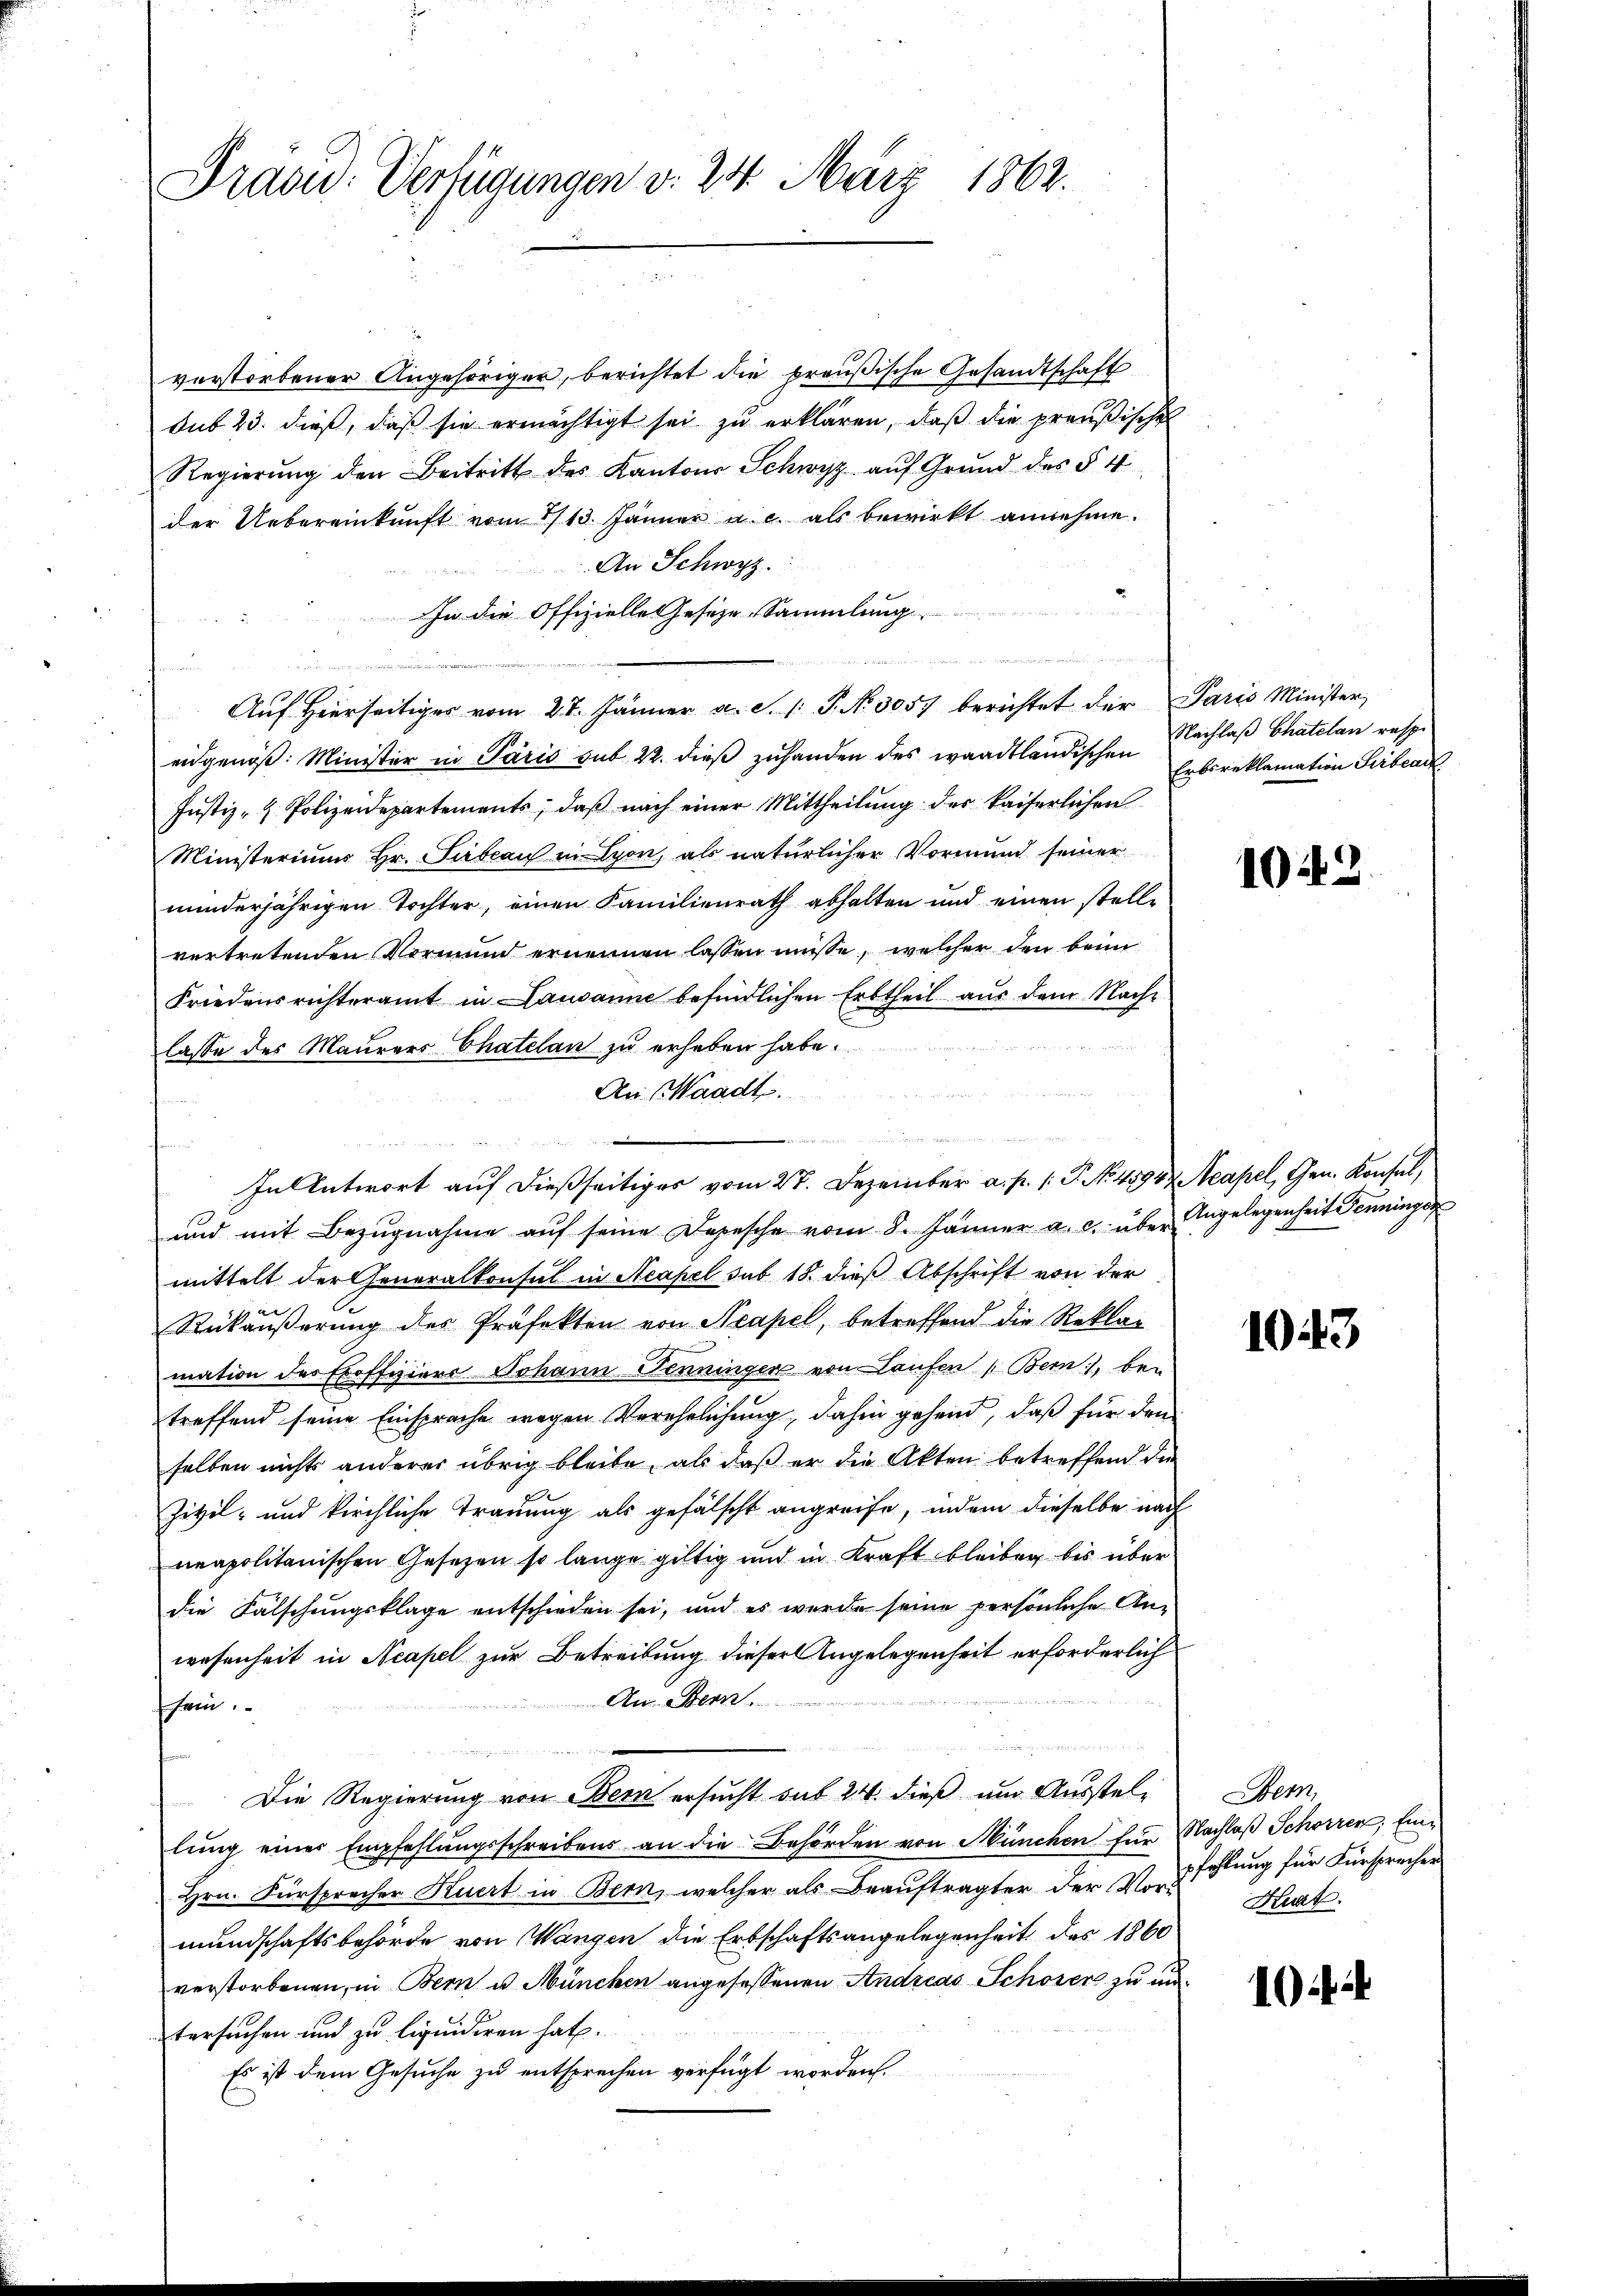
Prasid. Verfügungen v. 24. März 1862.

verstorbener Angehöriger, berichtet die preußische Gesandtschaft
sub 23. dieß, daß sie ermächtigt sei zu erklären, daß die preußische
Regierŭng den Beitritt des Kantons Schwyz auf Grund des § 4
der Uebereinkunft vom 1/13. Jänner a. c. als bewirkt annehme.
An Schwyz.
In die Offizielles Geseze Sammlung
Aŭf Hierseitiger vom 27. Jänner a. S. 1 S. N. 3057 berichtet der Paris Minister
eidgenöß: Minister in Paris sub. 22. dieß zuhanden des waadtländischen Nachlaß Chatelan resp.
Justiz- & Polizeidepartements, daß nach einer Mittheilung des kaiserlichen
Ministeriums Hr. Sibeau in Lyon, als natürlicher Vormund seiner
minderjährigen Tochter, einen Familienrath abhalten und einen stellvertretenden Vormund ernennen lassen müsse, welcher den beim
Friedensrichteramt in Lausanne befindlichen Erbtheil aus dem Nache
lasse des Maurers Chatelan zu erheben habe.
An Waadt.
t
und mit Bezugnahme aŭf seine Depesche vom 8. Jänner a. c. über Angelegenheit Penningen
mittelt der Generalkonsul in Neapel sub 18. dieß Abschrift von der
Rükäußerung des Präfekten von Neapel, betreffend die Reklar
mation des Eroffiziere Johann Denninger von Laufen (Bern, bei
treffend seine Einsprache wegen Verehrlichung, dahin gehend, daß für den
selben nichts anderer übrig bleibe, als daß er die Akten betreffend die
Zivil- und kirchliche Trauung als gefälscht angreife, indem dieselbe nach
neapolitanischen Gesetzen so lange giltig und in Kraft bleiben, bis über
die Falschungsklage entschieden sei, und es wurde seine persönliche Anwesenheit in Neapel zur Betreibung dieser Angelegenheit erforderlich
Au. Bern.
schein
Die Regierung von Bern ersucht auf 24. dieß um Ausstel-
lung einer Empfehlungsschreibens an die Behörden von München für
Hrn. Fürsprecher Kuert in Bern, welcher als Beauftragter der Vormundschaftsbehörde von Wangen die Erbschaftsangelegenheit des 1860
verstorbenen, in Bern u. München angesessenen Andreas Schöner zu un
tersuchen und zu liquidiren hat.
Es ist dem Gesuche zu entsprechen verfügt worden.

e
un

In Antwort auf dießseitiges vom 27. Dezember a. p. 1. P. No 41947 Acapel, Gen. Konsul,

Erbsreklamation Serbea

1043.

1043

Bem,
Nachlaß Schorrer Einpfehlung für Fürsprecher
Huat.

1